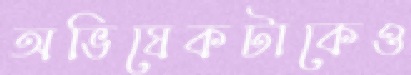
অভিষেকটাকেও